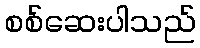
စစ်ဆေးပါသည်